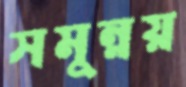
সমুন্নয়